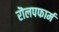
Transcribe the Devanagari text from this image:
रॊलपफार्म